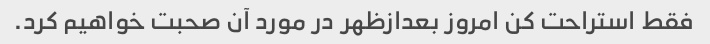
فقط استراحت کن امروز بعدازظهر در مورد آن صحبت خواهیم کرد.